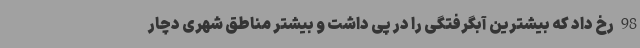
98 رخ داد که بیشترین آبگرفتگی را در پی داشت و بیشتر مناطق شهری دچار